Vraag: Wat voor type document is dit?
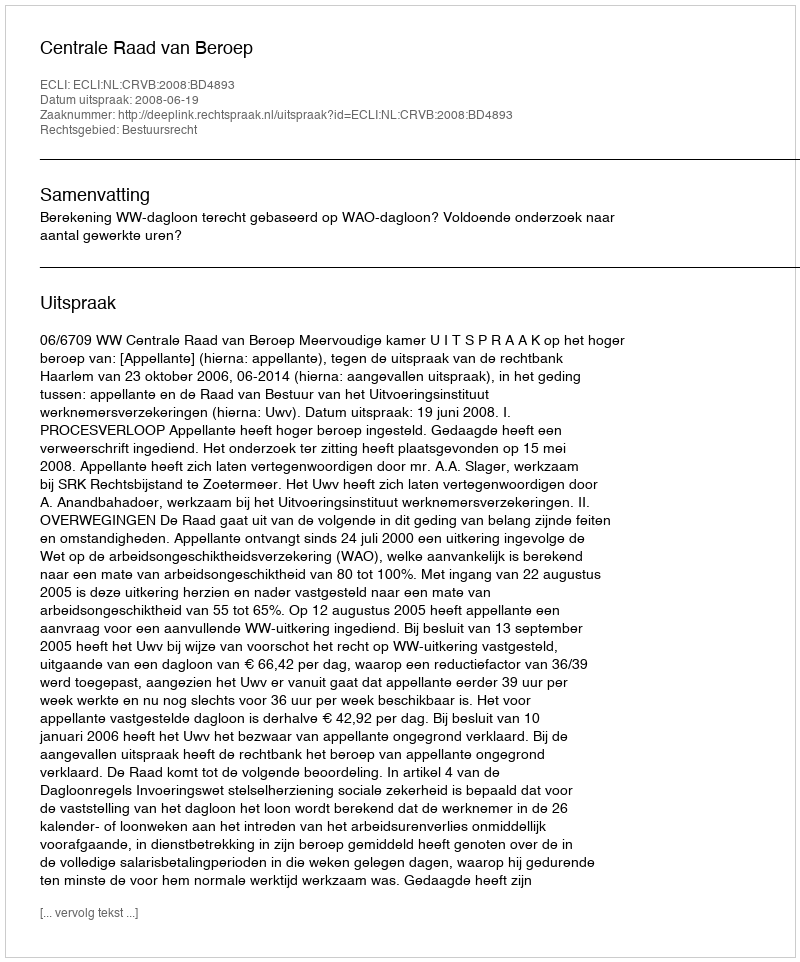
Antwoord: Uitspraak